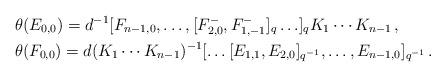
LaTeX: \begin{align*}&\theta(E_{0,0})=d^{-1}[F_{n-1,0},\ldots,[F^-_{2,0},F^-_{1,-1}]_q\ldots]_qK_1\cdots K_{n-1}\,,\\ &\theta(F_{0,0})=d(K_1\cdots K_{n-1})^{-1}[\ldots [E_{1,1},E_{2,0}]_{q^{-1}},\ldots,E_{n-1,0}]_{q^{-1}}\,.\end{align*}